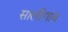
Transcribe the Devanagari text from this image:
सालीगांव